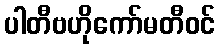
ပါတီဗဟိုကော်မတီဝင်